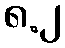
၈.၂